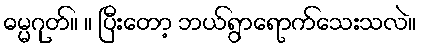
ဓမ္မဂုတ်။ ။ ပြီးတော့ ဘယ်ရွာရောက်သေးသလဲ။